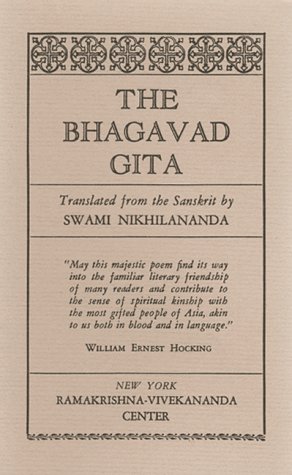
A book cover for Bhagavad Gita : Pocket Edition; Religion & Spirituality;